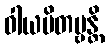
ဝါယမိတဗ္ဗန္တိ